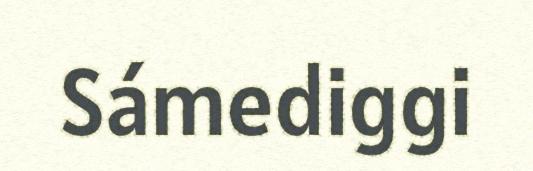
Sámediggi